Scientific memoirs by medical officers of the Army of India - Part V,
Year: 1890
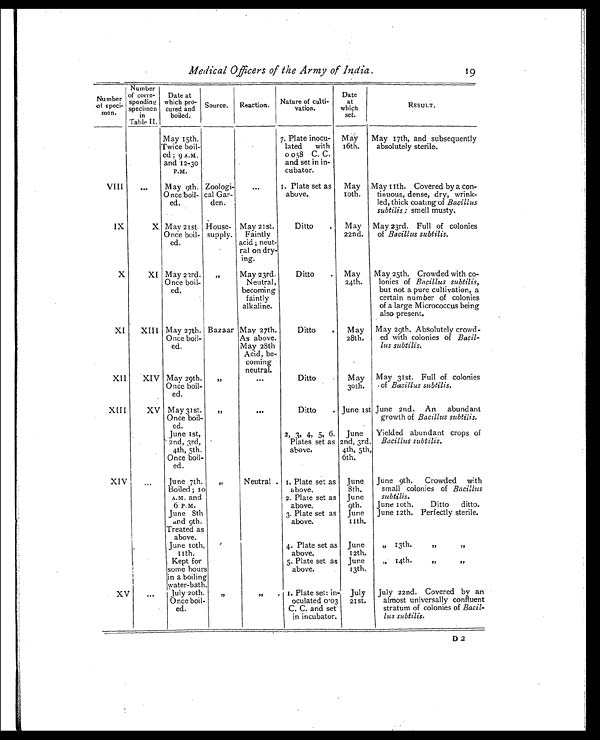
Medical Officers of the Army of India.
19
Number
of speci-
men.
Number
corre-
spondin g s p e c i m e n
in
Table II.
Date at
w h i c h p r o -
cured and
boiled.
Source. Reaction. Nature of culti-
vation.
Date
at
which
set.
RESULT.
May 15th.
Twice boil-
ed ; 9 A . M.
and 12-30
P.M.
7. Plate inocu-
lated with
0 058 C. C.
and set in in-
cubator.
May
16th.
May 17th, and subsequently
absolutely sterile.
VIII
. . . May 9th.
Once boil-
ed.
Zoologi-
cal Gar-
den.
. . . 1. Plate set as
above.
May
10th.
May 11th. Covered by a con-
tinuous, dense, dry, wrink-
led, thick coating of Bacillus
subtilis ; smell musty.
IX
X May 21st.
Once boil-
ed.
House-
supply.
May 21st.
Faintly
acid ; neut-
ral on dry-
ing.
Ditto
May
22nd.
May 23rd. Full of colonies
of Bacillus subtilis.
X
XI May 23rd.
Once boil-
ed.
„
May 23rd.
Neutral,
becoming
faintly
alkaline.
Ditto
May
24th.
May 25th. Crowded with co-
lonies of Bacillus subtilis,
but not a pure cultivation, a
certain number of colonies
of a large Micrococcus being
also present.
XI XIII May 27th.
Once boil-
ed.
Bazaar May 27th.
As above.
May 28th
Acid, be-
coming
neutral.
Ditto
May
28th.
May 29th. Absolutely crowd-
ed with colonies of Bacil-
lus subtilis.
XII
XIV May 29th.
Once boil-
ed.
„
. . . Ditto
May
30th.
May 31st. Full of colonies
of Bacillus subtilis.
XIII
XV May 31 st.
Once boil-
ed.
„
. . . Ditto
June 1st June 2nd. An abundant
growth of Bacillus subtilis.
June 1st,
2nd, 3rd,
4th, 5th.
Once boil-
ed.
2, 3, 4, 5, 6.
Plates set as
above.
June
2nd, 3rd,
4th, 5th,
6th.
Yielded abundant crops of
Bacillus subtilis.
XIV
. . . June 7th.
Boiled ; 10
A.M. and
6 P.M.
„
Neutral 1. Plate set as
above.
June
8th.
June 9th. Crowded with
small colonies of Bacillus
subtilis.
2. Plate set as
above.
June
9th. June 10th. Ditto ditto.
June 8th
and 9th.
3. Plate set as
above.
June
11th.
June 12th. Perfectly sterile.
Treated as
above.
June 10th,
11th.
4. Plate set as
above.
June
12th.
„ 13th.
,,
,,
Kept for
some hours
in a boiling
water-bath.
5. Plate set as
above.
June
13th.
, , 1 4 t h .
, ,
, ,
XV
...
July 20th.
Once boil-
ed.
,,
,,. 1. Plate set: in-
oculated 0.03
C. C. and set
in incubator.
July
21st.
July 22nd. Covered by an
almost universally confluent
stratum of colonies of Bacil-
lus subtilis.
D 2